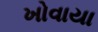
ખોવાયા